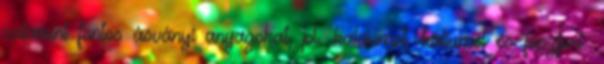
valamint fontos ásványi anyagokat, pl. kalciumot, káliumot és foszfort.